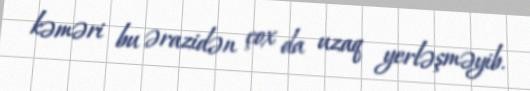
kəməri bu ərazidən çox da uzaq yerləşməyib.